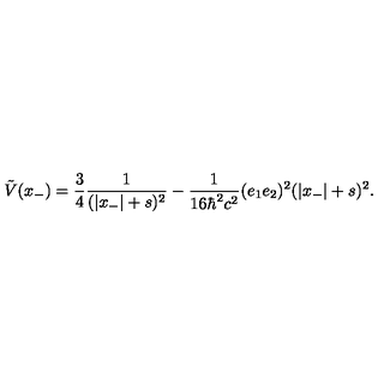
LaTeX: \tilde { V } ( x _ { - } ) = \frac { 3 } { 4 } \frac { 1 } { ( | x _ { - } | + s ) ^ { 2 } } - \frac { 1 } { 1 6 { \hbar } ^ { 2 } c ^ { 2 } } ( e _ { 1 } e _ { 2 } ) ^ { 2 } ( | x _ { - } | + s ) ^ { 2 } .